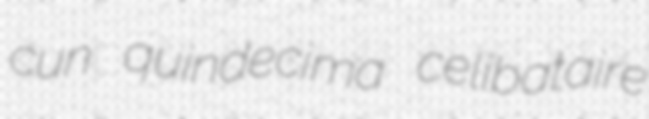
cun quindecima celibataire